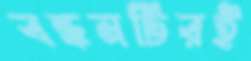
বন্ধনটিরই